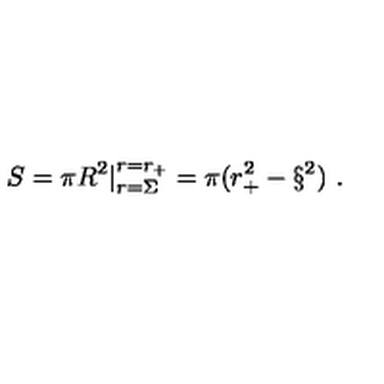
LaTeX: S = \pi R ^ { 2 } | _ { r = \Sigma } ^ { r = r _ { + } } = \pi ( r _ { + } ^ { 2 } - \S ^ { 2 } ) \ .